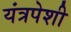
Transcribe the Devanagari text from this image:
यंत्रपेशी